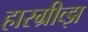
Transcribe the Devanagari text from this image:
हारग्रीव्झ